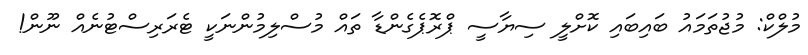
މުލްކް: މުޖުތަމައު ބައިބައި ކޮށްލީ ސިޔާސީ ޕްރޮޕެގެންޑާ ތައް މުސްލިމުންނަކީ ޓެރަރިސްޓުނެއް ނޫން!